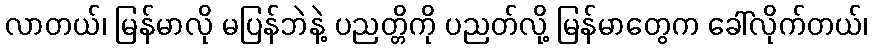
လာတယ်၊ မြန်မာလို မပြန်ဘဲနဲ့ ပညတ္တိကို ပညတ်လို့ မြန်မာတွေက ခေါ်လိုက်တယ်၊